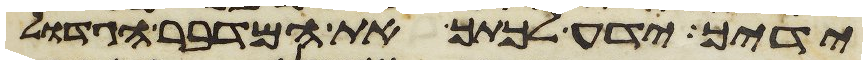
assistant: ידיך ידע לכתך את המדבר הגדול